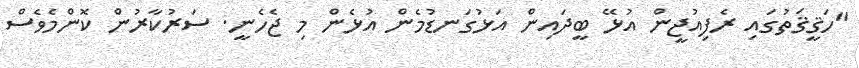
"ހަޤީޤަތުގައި ރެފިއުޖީން އުޅޭ ބީދައިން އަޅުގަނޑުމެން އުޅެން މި ޖެހެނީ. ސަރުކާރުން ކޮންމެވެސް